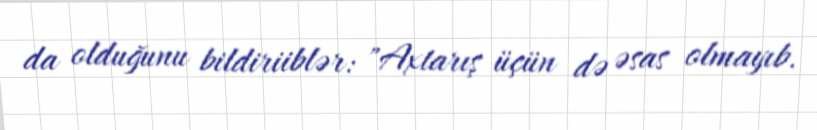
da olduğunu bildiriiblər: "Axtarış üçün də əsas olmayıb.